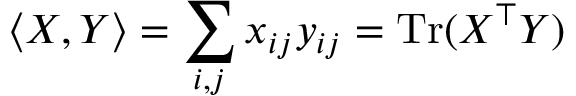
\langle X , Y \rangle = \sum _ { i , j } x _ { i j } y _ { i j } = \mathrm { T r } ( X ^ { \top } Y )